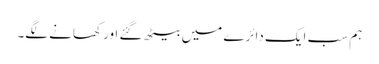
ہم سب ایک دائرے میں بیٹھ گئے اور کھانے لگے۔